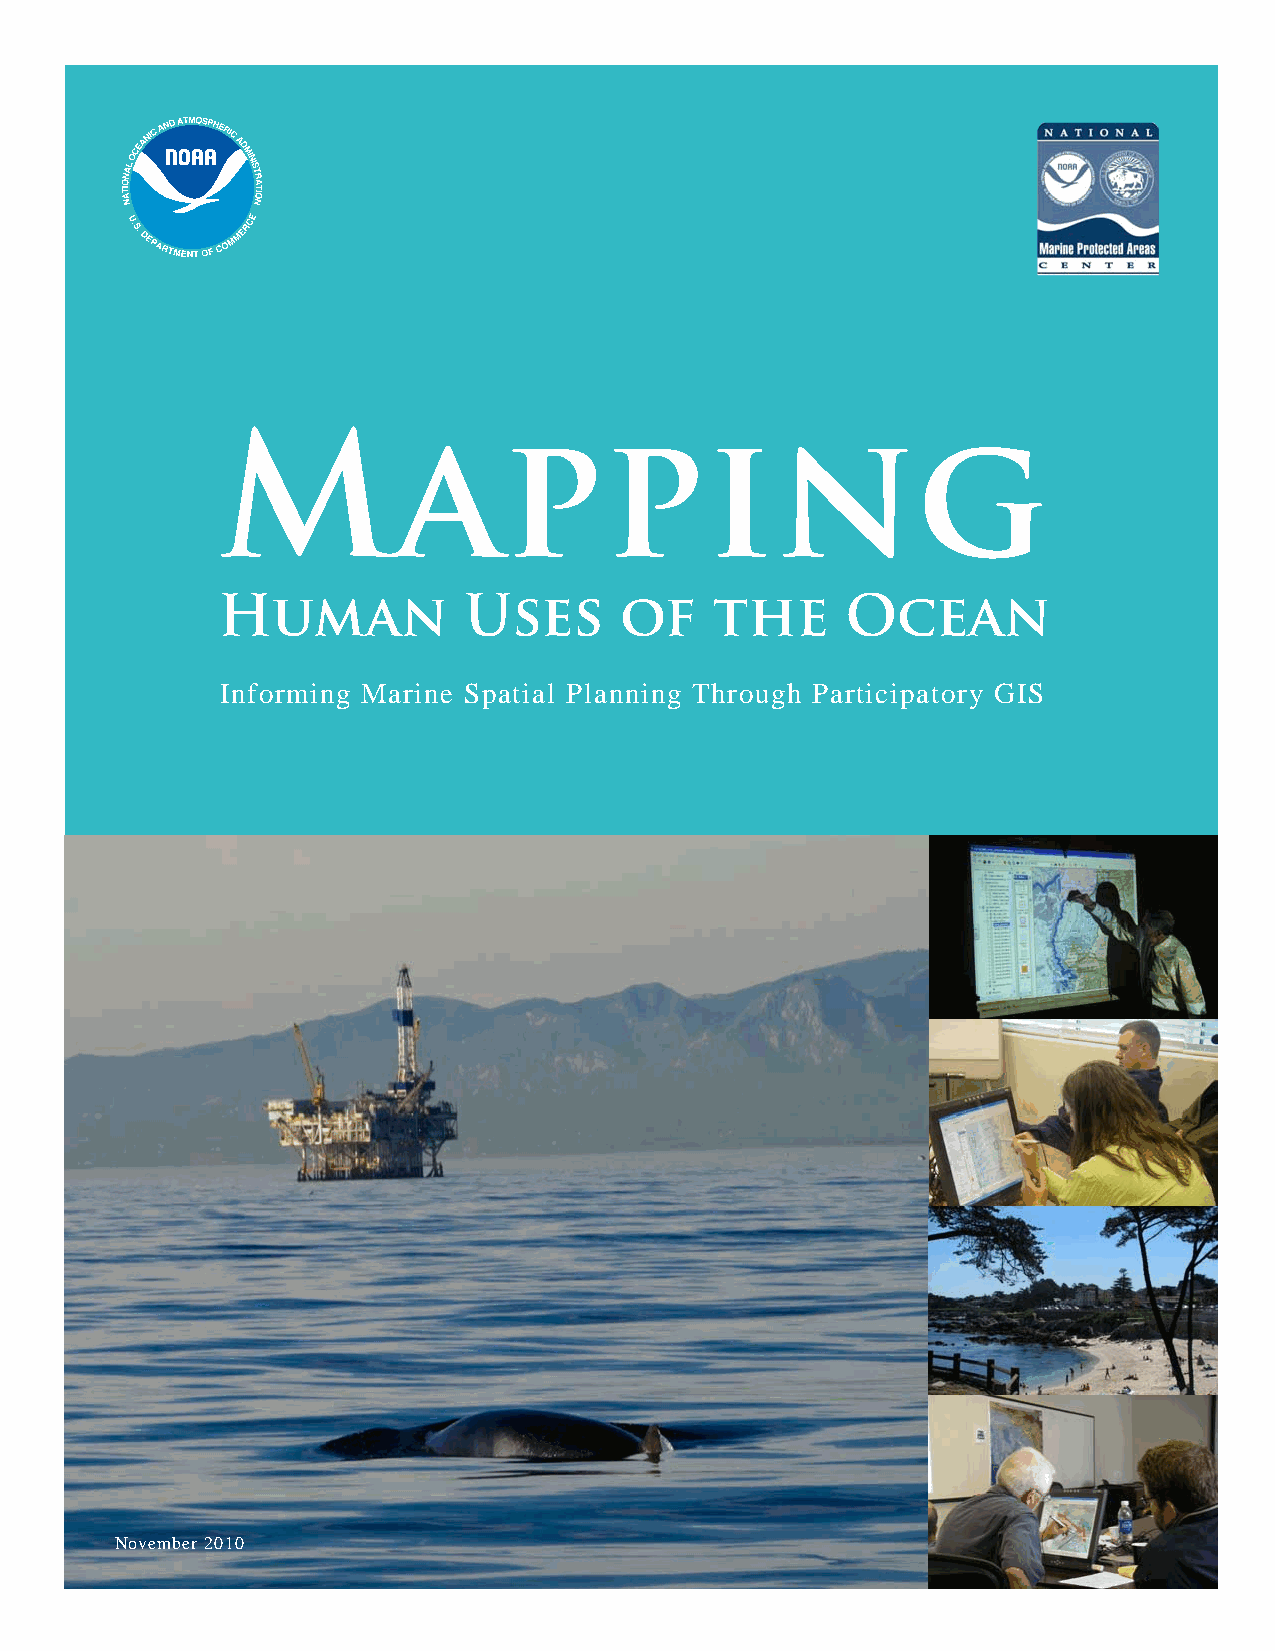
Informing Marine Spatial Planning Through Participatory GIS
 Mapping
 Human            Uses      of    the      Ocean
 Informing Marine Spatial Planning Through Participatory GIS
 November 2010
 1